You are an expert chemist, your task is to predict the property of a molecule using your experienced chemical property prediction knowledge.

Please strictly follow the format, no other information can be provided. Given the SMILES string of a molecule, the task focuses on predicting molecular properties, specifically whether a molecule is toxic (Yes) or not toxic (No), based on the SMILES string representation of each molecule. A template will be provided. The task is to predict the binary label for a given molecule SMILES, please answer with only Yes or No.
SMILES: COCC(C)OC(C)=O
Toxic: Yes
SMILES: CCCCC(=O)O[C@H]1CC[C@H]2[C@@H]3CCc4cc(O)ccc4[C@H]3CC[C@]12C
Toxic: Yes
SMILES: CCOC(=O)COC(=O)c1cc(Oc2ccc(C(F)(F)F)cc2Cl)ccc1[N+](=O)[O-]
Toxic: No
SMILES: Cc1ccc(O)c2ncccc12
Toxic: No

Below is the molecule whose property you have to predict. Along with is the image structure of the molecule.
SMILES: CC(C)[N+](C)(C)CC(O)COc1cccc2ccccc12
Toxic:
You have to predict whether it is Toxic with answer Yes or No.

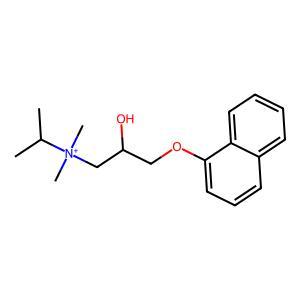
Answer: No